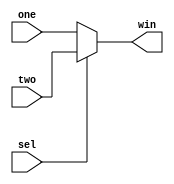
module mux2x1(win,one,two,sel);
	input [1:0]one;
	input [1:0]two;
	input sel;
	output [1:0]win;
	assign win=(sel)?two:one;
endmodule

module mux4x2(out,a,b,c,d,s2,s1,s0);
	input [1:0]a;
	input[1:0]b;
	input [1:0]c;
	input[1:0]d;
	input s2;
	input s1;
	input s0;
	output [1:0]out;
	wire [1:0]mux1;
	wire [1:0]mux2;
	mux2x1 semifinal1(mux1,a,b,s0);
	mux2x1 semifinal2(mux2,c,d,s1);
	mux2x1 finals(out,mux1,mux2,s2);
endmodule